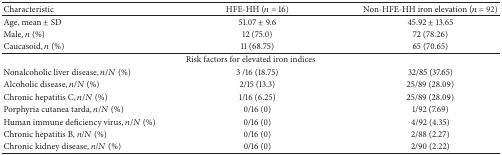
| Characteristic | HFE-HH (n = 16) | Non-HFE-HH iron elevation (n = 92) |
 | --- | --- | --- |
 | Age, mean ± SD | 51.07 ± 9.6 | 45.92 ± 13.65 |
 | Male, n (%) | 12 (75.0) | 72 (78.26) |
 | Caucasoid, n (%) | 11 (68.75) | 65 (70.65) |
 | <COLSPAN=3> Risk factors for elevated iron indices |
 | Nonalcoholic liver disease, n/N (%) | 3 /16 (18.75) | 32/85 (37.65) |
 | Alcoholic disease, n/N (%) | 2/15 (13.3) | 25/89 (28.09) |
 | Chronic hepatitis C, n/N (%) | 1/16 (6.25) | 25/89 (28.09) |
 | Porphyria cutanea tarda, n/N (%) | 0/16 (0) | 1/92 (7.69) |
 | Human immune deficiency virus, n/N (%) | 0/16 (0) | 4/92 (4.35) |
 | Chronic hepatitis B, n/N (%) | 0/16 (0) | 2/88 (2.27) |
 | Chronic kidney disease, n/N (%) | 0/16 (0) | 2/90 (2.22) |